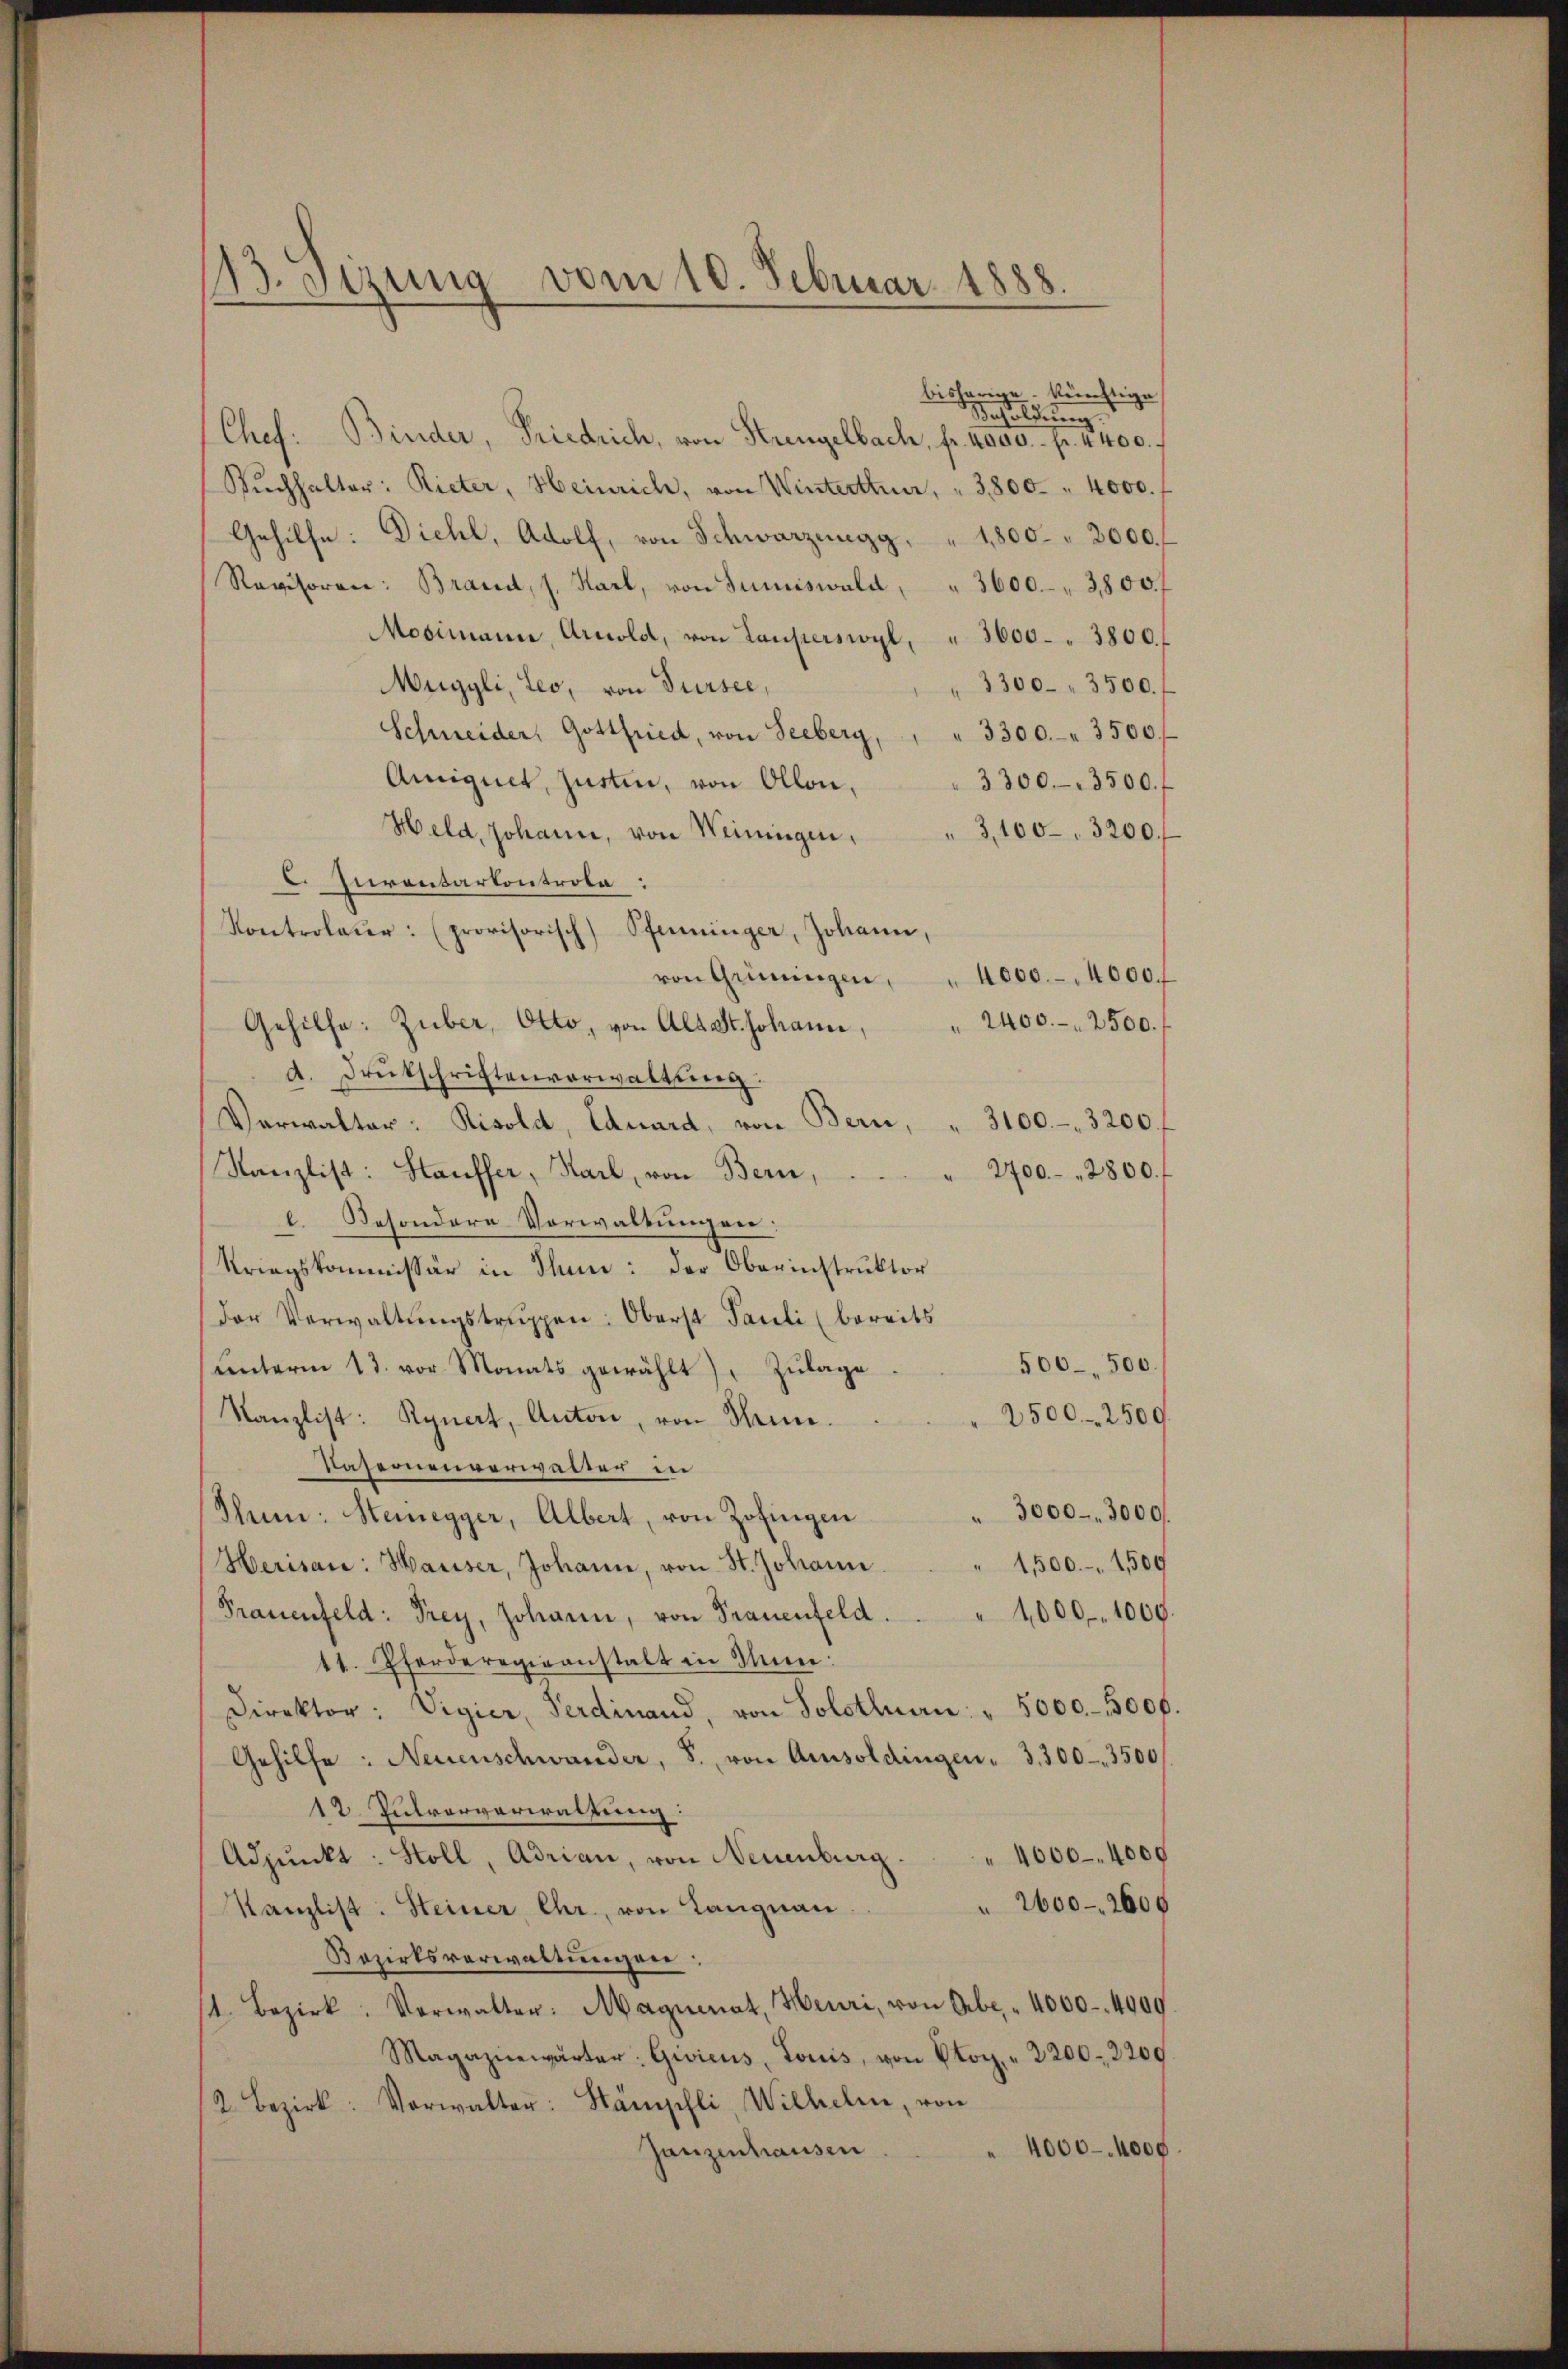
13. Sizung vom 10. Februar 1888.

bisherige künftige
Besoldung.
Chef. Binder, Friedrich, von Krengelbach, fr. 4000. pr. 4400.
Sŭchhalter: Rieter, Heinrich, von Winterthur, " 3,800 " 4000. f
Gehilfe: Diehl, Adolf, von Schwarznngg, " 1,800 " 2000.
Revisoren: Brand, s. Karl, von Juniiswald, " 3600. 3800. f
Mosimann, Arnold, von Lauperswyl, " 3600 " 3800.
3300. 3500. f
Muggli, Leo, von Dürsee,
Schneider, Gottfried, von Seeberg, " " 3300.- " 3500 f
Amignet, justen, von Ollon,
3300. 3500. f
Held, Johann, von Weiningen,
3,100-3200.
C. Inventarkontrole:
Kontrolaur: (provisorisch) Pfenninger, Johann,
von Grüningen, " 4000.- 4000.
2400. 2500.
Gehilfe: Zuber, Otto, von Alt St. Johann,
d. Drukschriften vorwaltung:
Verwalter: Risold, Eduard, von Bern, " 3100. 3200.
Kanzlist: Hauffer, Karl, von Bern,
2700. 2800.
Besondere Vorwaltungen
Kriegskommissär in Thun: der Oberinstruktor
der Verwaltŭngstruppen: Oberst Pauli (bereits
500-500.
ŭnterm 13. vor. Monats gewählt) Zŭlage.
2500.- 2500.
Kanzlist: Rynert, Anton, von Nein.
Unsernenverwalter in
" 3000. 3000.
Ihn: Steinegger, Albert, von Zofingen
1,500.- 1,509
Herisau: Hariser, Johann, von St. Johann
1,000. 1000.
Frauenfeld: Frey, Johann, von Trauenfeld.
41. Pferderegieanstalt in Min:
Direktor: Vigier, Ferdinand, von Solothurn " 5000.- 3000.
Gehilfe: Neuenschwander, S. von Amisoldingen - 3. 300 - 3500
12. Julververwaltung:
Adpŭnkt: Stoll, Adrian, von Neuenburg . . " 4000. 4000
2600-2600
Kanzlist: Steiner Chr., von Langnau.
Bezirksverwaltungen;
st. Bezirk: Verwalter: Magnenat, Heuri, von Obe. - 4000-4909.
Magazinwärter: Givicus, Louis, von Plog. " 2200. 2200
2. Bezirk: Vorwalter: Stämpfli, Wilhelm, von
4000–4000.
Ganzenhausen